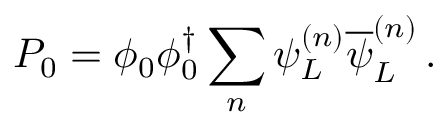
P _ { 0 } = \phi _ { 0 } \phi _ { 0 } ^ { \dagger } \sum _ { n } \psi _ { L } ^ { ( n ) } \overline { { { \psi } } } _ { L } ^ { ( n ) } \, .